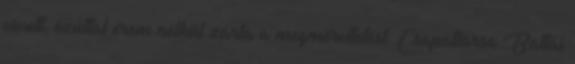
vívott, ezúttal érem nélkül zárta a megmérettetést. Csapattársa Battai